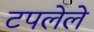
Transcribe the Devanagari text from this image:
टपलेले